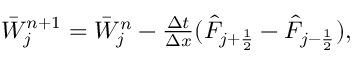
\begin{array} { r } { \Bar W _ { j } ^ { n + 1 } = \Bar W _ { j } ^ { n } - \frac { \Delta t } { \Delta x } ( \Hat F _ { j + \frac { 1 } { 2 } } - \Hat F _ { j - \frac { 1 } { 2 } } ) , } \end{array}